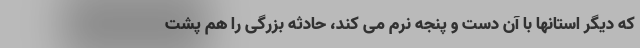
که دیگر استانها با آن دست و پنجه نرم می کند، حادثه بزرگی را هم پشت